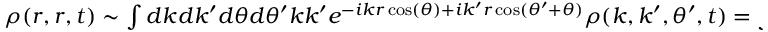
\begin{array} { r } { \rho ( r , r , t ) \sim \int d k d k ^ { \prime } d \theta d \theta ^ { \prime } k k ^ { \prime } e ^ { - i k r \cos ( \theta ) + i k ^ { \prime } r \cos ( \theta ^ { \prime } + \theta ) } \rho ( k , k ^ { \prime } , \theta ^ { \prime } , t ) = \int d k d k ^ { \prime } d \theta ^ { \prime } k k ^ { \prime } 2 \pi J _ { 0 } ( q ( k , k ^ { \prime } , \theta ^ { \prime } ) r ) \rho ( k , k ^ { \prime } , \theta ^ { \prime } , t ) } \end{array}